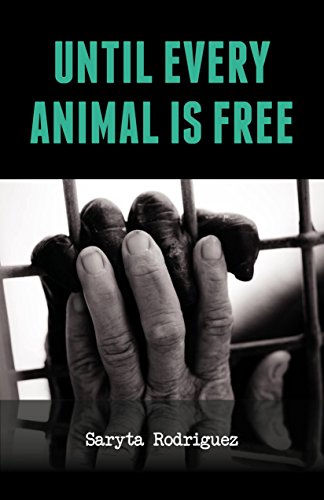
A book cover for Until Every Animal is Free; Saryta Rodriguez; Science & Math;